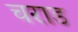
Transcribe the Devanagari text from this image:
चराड